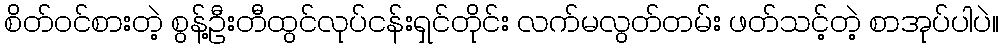
စိတ်ဝင်စားတဲ့ စွန့်ဦးတီထွင်လုပ်ငန်းရှင်တိုင်း လက်မလွတ်တမ်း ဖတ်သင့်တဲ့ စာအုပ်ပါပဲ။